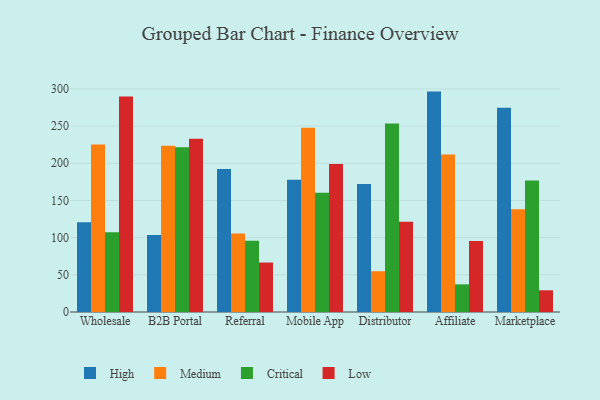
{"axis": {"x": "Channel", "y": "Revenue (USD Million)"}, "legend": ["Critical", "High", "Low", "Medium"], "data": [{"x": "Wholesale", "y": 120.8, "type": "High"}, {"x": "Wholesale", "y": 225.1, "type": "Medium"}, {"x": "Wholesale", "y": 107.1, "type": "Critical"}, {"x": "Wholesale", "y": 289.9, "type": "Low"}, {"x": "B2B Portal", "y": 103.6, "type": "High"}, {"x": "B2B Portal", "y": 223.6, "type": "Medium"}, {"x": "B2B Portal", "y": 221.4, "type": "Critical"}, {"x": "B2B Portal", "y": 232.9, "type": "Low"}, {"x": "Referral", "y": 192.4, "type": "High"}, {"x": "Referral", "y": 105.6, "type": "Medium"}, {"x": "Referral", "y": 95.9, "type": "Critical"}, {"x": "Referral", "y": 66.5, "type": "Low"}, {"x": "Mobile App", "y": 178.0, "type": "High"}, {"x": "Mobile App", "y": 247.8, "type": "Medium"}, {"x": "Mobile App", "y": 160.3, "type": "Critical"}, {"x": "Mobile App", "y": 198.9, "type": "Low"}, {"x": "Distributor", "y": 172.3, "type": "High"}, {"x": "Distributor", "y": 54.8, "type": "Medium"}, {"x": "Distributor", "y": 253.4, "type": "Critical"}, {"x": "Distributor", "y": 121.5, "type": "Low"}, {"x": "Affiliate", "y": 296.4, "type": "High"}, {"x": "Affiliate", "y": 211.8, "type": "Medium"}, {"x": "Affiliate", "y": 37.2, "type": "Critical"}, {"x": "Affiliate", "y": 95.5, "type": "Low"}, {"x": "Marketplace", "y": 274.6, "type": "High"}, {"x": "Marketplace", "y": 138.1, "type": "Medium"}, {"x": "Marketplace", "y": 177.0, "type": "Critical"}, {"x": "Marketplace", "y": 29.2, "type": "Low"}]}